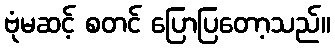
ဗုံမဆင့် စတင် ပြောပြတော့သည်။